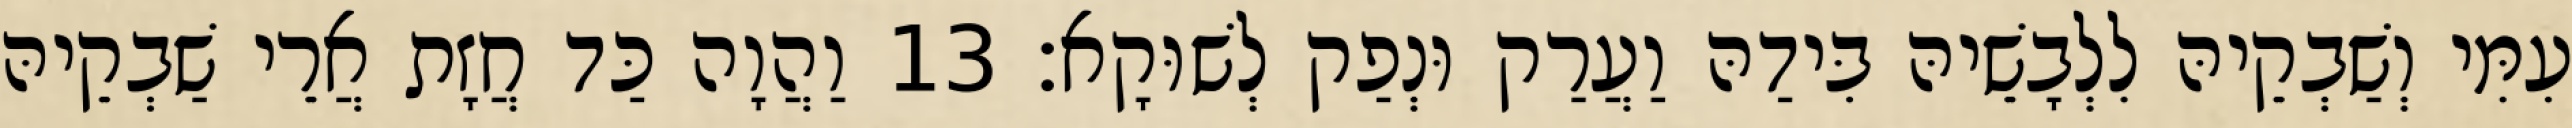
עִמִּי וְשַׁבְקֵיהּ לִלְבָשֵׁיהּ בִּידַהּ וַעֲרַק וּנְפַק לְשׁוּקָא׃ 13 וַהֲוָה כַּד חֲזָת אֲרֵי שַׁבְקֵיהּ